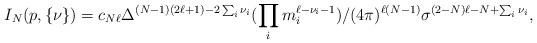
LaTeX: \begin{align*}I_N(p,\{\nu\})= c_{N\ell}\Delta^{(N-1)(2\ell+1)-2\sum_i\nu_i}(\prod_i m_i^{\ell-\nu_i-1})/(4\pi)^{\ell(N-1)}\sigma^{(2-N)\ell-N+\sum_i\nu_i},\end{align*}